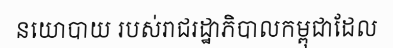
នយោបាយ របស់រាជរដ្ឋាភិបាលកម្ពុជាដែល